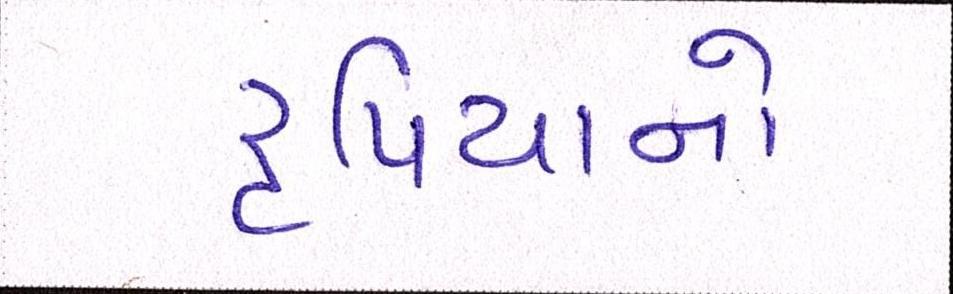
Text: રૃપિયાનો